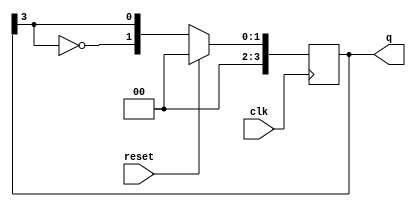
module johnson_counter #(
    parameter N = 4  // Number of flip-flops (adjustable)
)(
    input wire clk,       // Clock input
    input wire reset,     // Synchronous reset
    output reg [N-1:0] q // Counter output
);

// Sequential logic for Johnson counter
always @(posedge clk) begin
    if (reset) begin
        q <= 0; // Reset counter to 0
    end else begin
        // Shift and feedback logic
        q <= {~q[N-1], q[N-1:N-1]}; // Invert last bit and shift
    end
end

endmodule